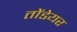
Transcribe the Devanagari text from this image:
तोंडेयर